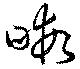
暇